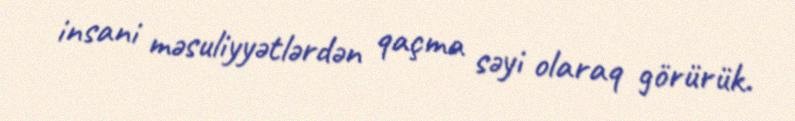
insani məsuliyyətlərdən qaçma səyi olaraq görürük.